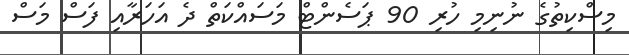
މިސްކިތުގެ ނުނިމި ހުރި 90 ޕަސެންޓް މަސައްކަތް ދެ އަހަރާއި ފަސް މަސް